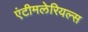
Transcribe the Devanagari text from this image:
एंटीमलेरियल्स